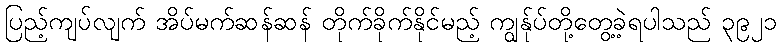
ပြည့်ကျပ်လျက် အိပ်မက်ဆန်ဆန် တိုက်ခိုက်နိုင်မည့် ကျွန်ုပ်တို့တွေ့ခဲ့ရပါသည် ၃၉၂၁